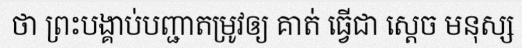
ថា ព្រះបង្គាប់បញ្ជាតម្រូវឲ្យ គាត់ ធ្វើជា ស្តេច មនុស្ស